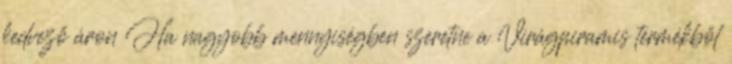
kedvező áron Ha nagyobb mennyiségben szeretne a Virágpiramis termékből